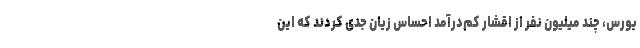
بورس، چند میلیون نفر از اقشار کم‌درآمد احساس زیان جدی کردند که این